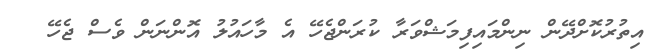
އިތުރުކޮށްދޭން ނިންމައިފިމަޝްވަރާ ކުރަންޖެހޭ އެ މާހައުލު އޮންނަން ވެސް ޖެހޭ